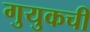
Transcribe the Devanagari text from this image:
गुयुकची